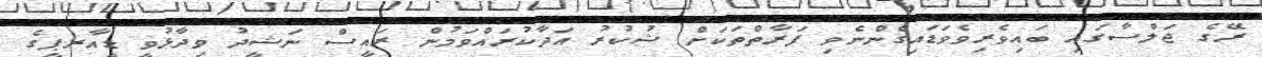
ރޭގެ ޖަލްސާގައި ބައިވެރިވެވަޑައިގެންނެވި ފަރާތްތަކަށް ޝުކުރު އަދާކުރައްވަމުން ރައީސް ނަޝީދު ވިދާޅުވީ ޑީއާރޕީގެ